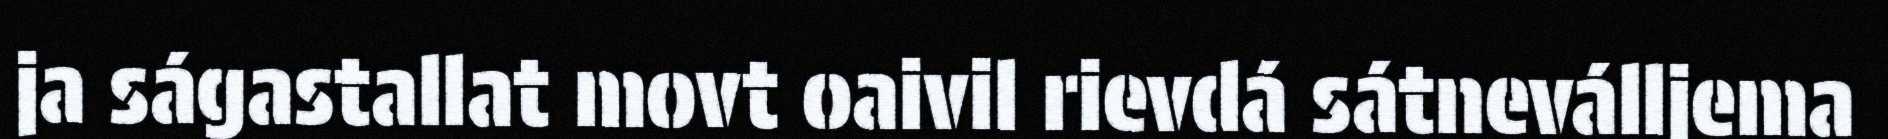
ja ságastallat movt oaivil rievdá sátneválljema